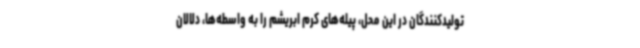
تولیدکنندگان در این محل، پیله‌های کرم ابریشم را به واسطه‌ها، دلالان